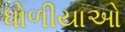
ધોળીયાઓ